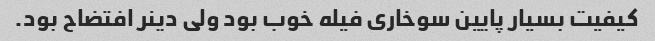
کیفیت بسیار پایین سوخاری فیله خوب بود ولی دینر افتضاح بود.